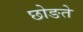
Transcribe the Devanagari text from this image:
छोङते